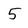
Character: 5